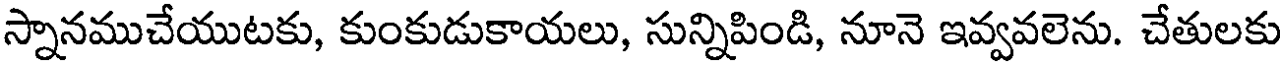
స్నానముచేయుటకు, కుంకుడుకాయలు, సున్నిపిండి, నూనె ఇవ్వవలెను. చేతులకు